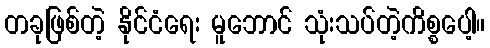
တခုဖြစ်တဲ့ နိုင်ငံရေး မူဘောင် သုံးသပ်တဲ့ကိစ္စပေါ့။